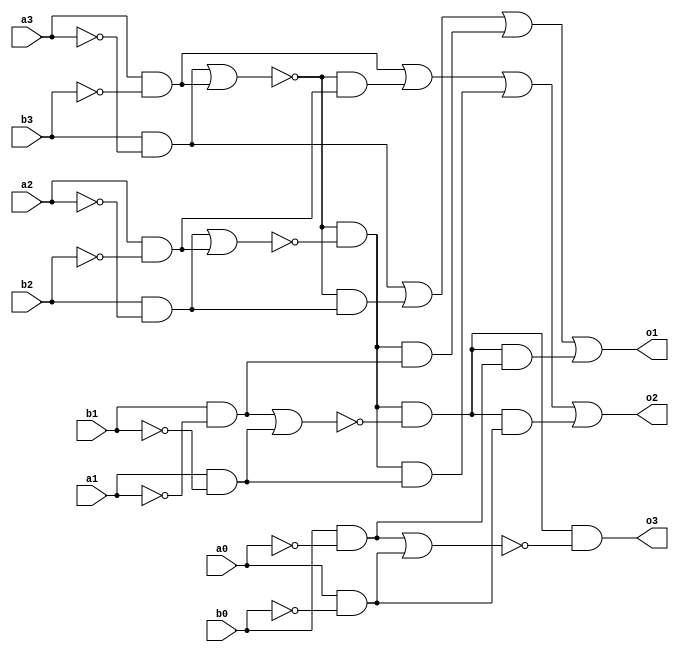
module fourBitMagnitudeComparatorDataFlow(
    input a0, a1, a2, a3, b0, b1, b2, b3,
    output o1, o2, o3
);

    wire w1, w2, w3, w4, w5, w6, w7, w8, 
         w9, w10, 
         w11, w12, 
         w13, w14, 
         w15, w16, 
         w17, w18, w19, w20,
         w21, w22, w23, w24, w25, w26;

    assign w1 = ~a0;
    assign w2 = ~a1;
    assign w3 = ~a2;
    assign w4 = ~a3;
    assign w5 = ~b0;
    assign w6 = ~b1;
    assign w7 = ~b2;
    assign w8 = ~b3;

    assign w9 = b3 & w4;
    assign w10 = a3 & w8;
    assign w17 = ~(w9 | w10);

    assign w11 = b2 & w3;
    assign w12 = a2 & w7;
    assign w18 = ~(w11 | w12);

    assign w13 = b1 & w2;
    assign w14 = a1 & w6;
    assign w19 = ~(w13 | w14);

    assign w15 = b0 & w1;
    assign w16 = a0 & w5;
    assign w20 = ~(w15 | w16);

    assign w21 = w17 & w11;
    assign w22 = w17 & w12;
    assign w23 = w17 & w18 & w13;
    assign w24 = w17 & w18 & w14;
    assign w25 = w17 & w18 & w19 & w15;
    assign w26 = w17 & w18 & w19 & w16;

    assign o3 = w17 & w18 & w19 & w20;

    assign o1 = w9 | w21 | w23 | w25;
    assign o2 = w10 | w22 | w24 | w26;

endmodule